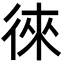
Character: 徠